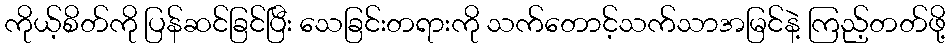
ကိုယ့်စိတ်ကို ပြန်ဆင်ခြင်ပြီး သေခြင်းတရားကို သက်တောင့်သက်သာအမြင်နဲ့ ကြည့်တတ်ဖို့